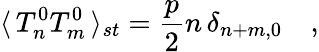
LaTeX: \langle\, T_{n}^{0}T_{m}^{0}\, \rangle_{st}=\frac{p}{2}n\, \delta_{n+m,0}\quad,